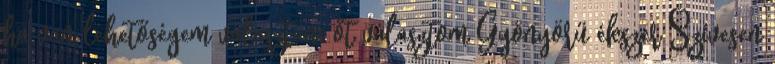
ha van lehetőségem választani őt választom Gyönyörű ékszer Szívesen